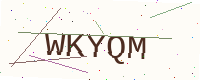
Text: WKYQM